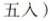
五入)